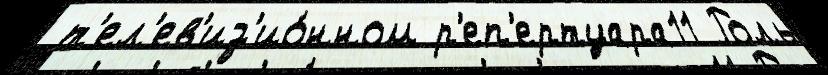
 т'ел'ев'из'ио́нном р'еп'ертуара11 Роль